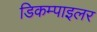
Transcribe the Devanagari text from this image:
डिकम्पाइलर